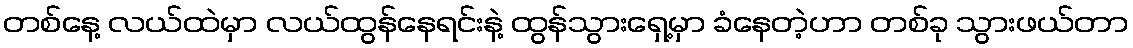
တစ်နေ့ လယ်ထဲမှာ လယ်ထွန်နေရင်းနဲ့ ထွန်သွားရှေ့မှာ ခံနေတဲ့ဟာ တစ်ခု သွားဖယ်တာ